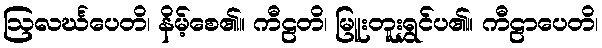
ဩလင်္ဃပေတိ၊ နိမ့်စေ၏။ ကီဠတိ၊ မြူးတူးရွှင်ပ၏။ ကီဠာပေတိ၊